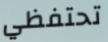
تحتفظي